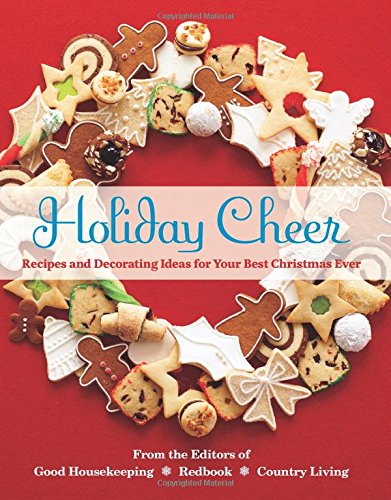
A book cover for Holiday Cheer: Recipes and Decorating Ideas for Your Best Christmas Ever; Country Living; Cookbooks, Food & Wine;